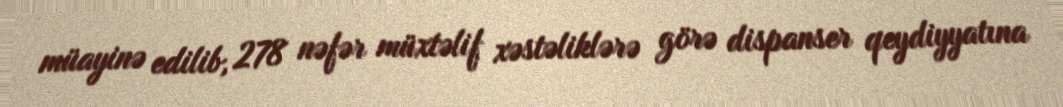
müayinə edilib, 278 nəfər müxtəlif xəstəliklərə görə dispanser qeydiyyatına